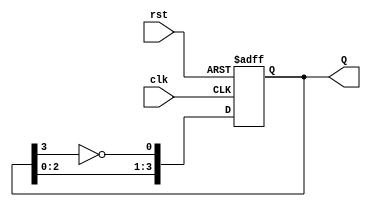
module johnson_counter #(parameter N = 4) (
    input wire clk,                // Clock input
    input wire rst,                // Asynchronous reset
    output reg [N-1:0] Q           // Counter output
);

// Process to update the counter
always @(posedge clk or posedge rst) begin
    if (rst) begin
        Q <= 0;                    // Reset all flip-flops to 0
    end else begin
        Q <= {Q[N-2:0], ~Q[N-1]};  // Shift the outputs and invert the last flip-flop output
    end
end

endmodule